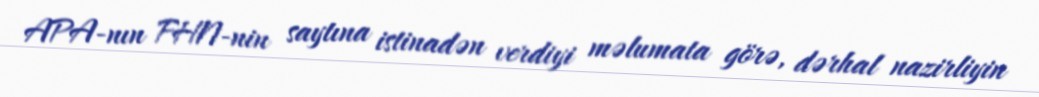
APA-nın FHN-nin saytına istinadən verdiyi məlumata görə, dərhal nazirliyin